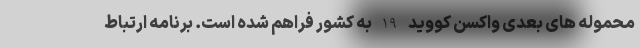
محموله های بعدی واکسن کووید 19به کشور فراهم شده است. برنامه ارتباط